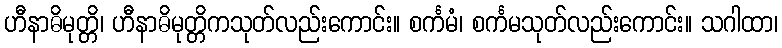
ဟီနာဓိမုတ္တိ၊ ဟီနာဓိမုတ္တိကသုတ်လည်းကောင်း။ စင်္ကမံ၊ စင်္ကမသုတ်လည်းကောင်း။ သဂါထာ၊